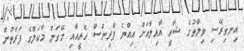
އިނގިރޭސި ވިލާތުގެ ޝާހީ އާއިލާއަށް އިއްޔެ ޕްރިންސް ހެރީއާއި މޭގަން މާކަލްގެ ފަރާތުން